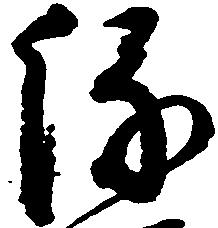
縁